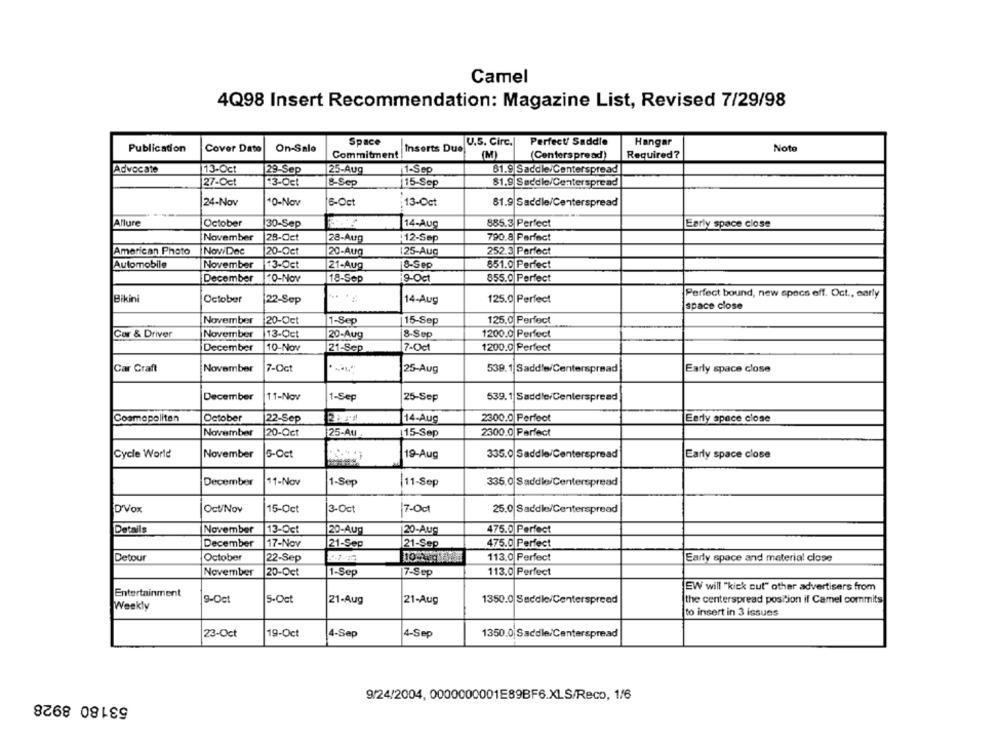
Camel
4Q98 Insert Recommendation: Magazine List, Revised 7/29/98
Space
U.S. Circ.
Perfect/ Saddle
Publication
Cover Dato
On-Sale
Inserts Due
Hangar
Noto
Commitment
(M)
(Centerspread)
Required?
Advocate
13-Oct
29-Sep
25-Aug
11-Sep
81.9 Saddle/Centerspread
27-Oct
13-Oct
8-Sep
115-Sep
$1.9 Saddle/Centerspread
24-Nov
40-Nov
6-Oct
:13-Oct
81.9 Saddle/Centerspread
Allure
October
885.3 Perfect
Early space close
30-Sep
14-Aug
November
28-Oct
28-Aug
12-Sep
790.8 Perfect
American Photo
NoviDec
20-Oct
20-Aug
125-Aug
252.3 Perfect
Automobile
November
3-Oct
21-Aug
18-Sep
851.0 Perfect
December
10-Nov
18-Sep
19-Oct
855.0 Perfect
Perfect bound, new epacs off. Oct ., early
Bikini
October
22-Sep
14-Aug
125.0 Perfect
space close
November
20-Oct
15-Sep
125.0 Perfect
1-Sep
Car & Driver
November
13-Oct
20-Aug
8-Sep
1200.0 Perfect
December
10-Nov
21-Sep
7-Oct
1200.0 Perfect
Car Craft
November
7-Oct
25-Aug
539.1 Saddle/Centerspread
Early space close
December
11-Nov
1-Sep
25-Sep
539.1| Saddle Centerspread
Cosmopolitan
October
22-Sep
14-Aug
2300.0 Perfect
Early space close
November
20-Oct
25-AU
115-Sep
2300.0 Perfect
Cycle World
November
5-Oct
19-Aug
335.0 Saddle/Centerspread
Early space close
December
11-Nov
1-Sep
335.0 Saddle/Centerspread
11-Sep
D'Vox
Oct/Nov
15-Oct
3-Oct
17-0ct
25.0 Saddle/Centerspread
Details
November
13-Oct
20-Aug
20-Aug
475.0 Perfect
17-Nov
December
21-Sep
21-Sep
475.0 Perfect
Detour
October
113.0 Perfect
22-Sep
Early space and material close
November
20-Oct
113.0 Perfect
1-Sep
17-Sep
EW will "kick out" other advertisers from
Entertainment
9-Oct
5-Oct
21-Aug
21-Aug
1350.0 Saddle/Centerspread
the centerspread position if Camel commits
Weekly
to insert in 3 issues
23-Oct
19-Oct
4-Sep
4-Sep
1350.0 Saddle/Centerspread
53180 8928
9/24/2004, 0000000001E89BF6.XLS/Reco, 1/6